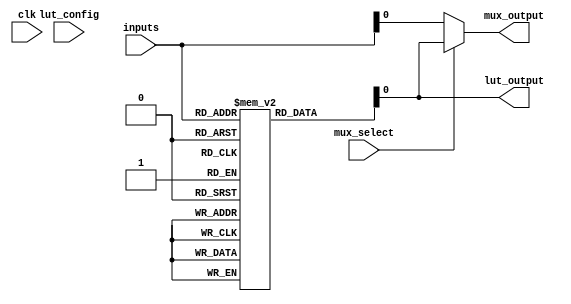
module CLB (
    input wire [3:0] inputs,        // Input signals to the CLB (4 bits)
    input wire [3:0] lut_config,    // Configuration for the LUT (truth table)
    input wire mux_select,           // Select signal for the multiplexer
    input wire clk,                  // Clock signal for flip-flop (if used)
    output wire lut_output,          // Output from the LUT
    output wire mux_output           // Output from the MUX
);

// Lookup Table (LUT) implementation
// The LUT is a 16-entry truth table for 4 inputs
reg [3:0] lut [0:15]; // 16 entries for 4-bit input
assign lut_output = lut[inputs];

// Initialize LUT values (this could also be done via a configuration interface)
initial begin
    // Example truth table configuration
    lut[0] = 4'b0000; // Input 0000 -> Output 0000
    lut[1] = 4'b0001; // Input 0001 -> Output 0001
    lut[2] = 4'b0010; // Input 0010 -> Output 0010
    lut[3] = 4'b0011; // Input 0011 -> Output 0011
    lut[4] = 4'b0100; // Input 0100 -> Output 0100
    lut[5] = 4'b0101; // Input 0101 -> Output 0101
    lut[6] = 4'b0110; // Input 0110 -> Output 0110
    lut[7] = 4'b0111; // Input 0111 -> Output 0111
    lut[8] = 4'b1000; // Input 1000 -> Output 1000
    lut[9] = 4'b1001; // Input 1001 -> Output 1001
    lut[10] = 4'b1010; // Input 1010 -> Output 1010
    lut[11] = 4'b1011; // Input 1011 -> Output 1011
    lut[12] = 4'b1100; // Input 1100 -> Output 1100
    lut[13] = 4'b1101; // Input 1101 -> Output 1101
    lut[14] = 4'b1110; // Input 1110 -> Output 1110
    lut[15] = 4'b1111; // Input 1111 -> Output 1111
end

// Multiplexer implementation
assign mux_output = mux_select ? lut_output : inputs;

endmodule